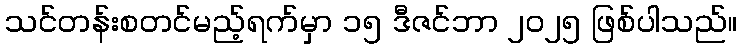
သင်တန်းစတင်မည့်ရက်မှာ ၁၅ ဒီဇင်ဘာ ၂၀၂၅ ဖြစ်ပါသည်။